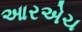
આરએચ